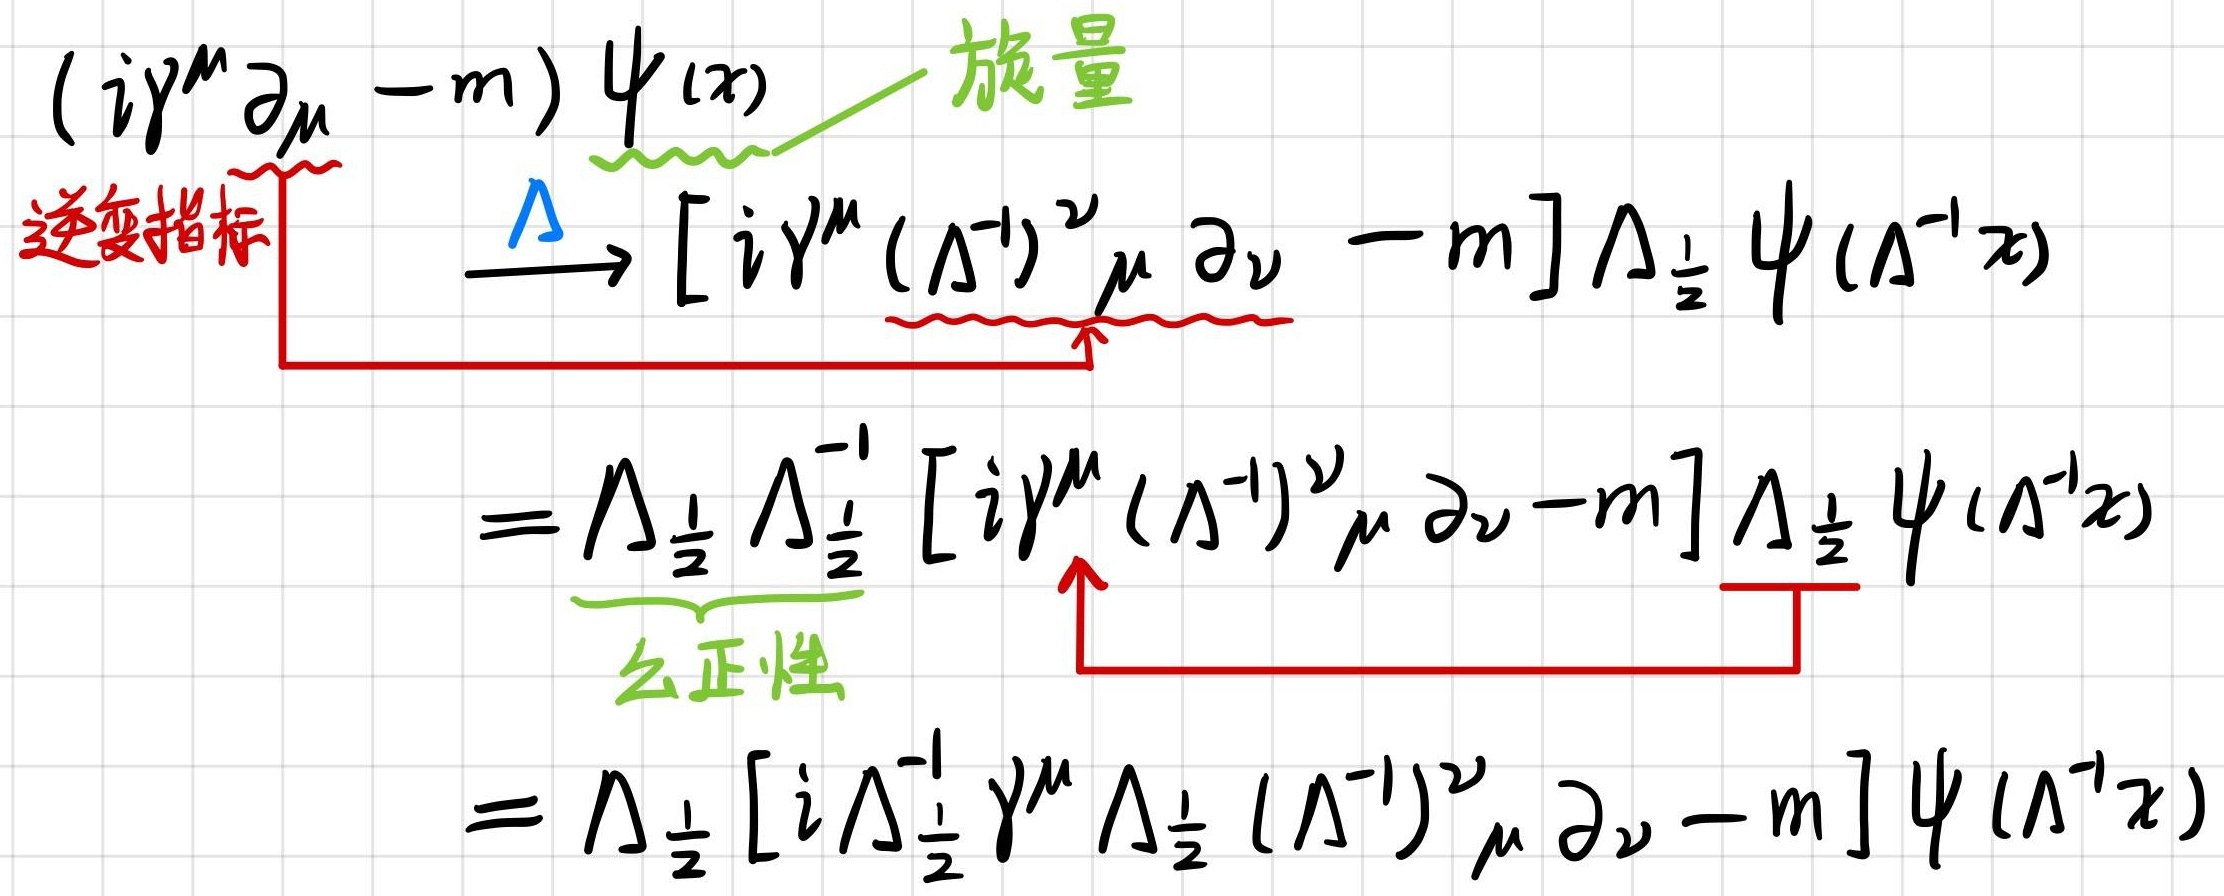
\[
\begin{align*}
&(i\gamma^{\mu}\partial_{\mu}-m)\psi(x)\xrightarrow{\Lambda}[i\gamma^{\mu}(\Lambda^{-1})^{\nu}_{\mu}\partial_{\nu}-m]\Lambda_{\frac{1}{2}}\psi(\Lambda^{-1}x)\\
=&\Lambda_{\frac{1}{2}}\Lambda_{\frac{1}{2}}^{-1}[i\gamma^{\mu}(\Lambda^{-1})^{\nu}_{\mu}\partial_{\nu}-m]\Lambda_{\frac{1}{2}}\psi(\Lambda^{-1}x)\\
=&\Lambda_{\frac{1}{2}}[i\Lambda_{\frac{1}{2}}^{-1}\gamma^{\mu}\Lambda_{\frac{1}{2}}(\Lambda^{-1})^{\nu}_{\mu}\partial_{\nu}-m]\psi(\Lambda^{-1}x)
\end{align*}
\]